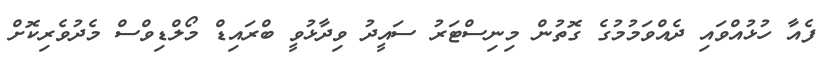
ފެއާ ހުޅުއްވައި ދެއްވަމުމުގެ ގޮތުން މިނިސްޓަރު ސައީދު ވިދާޅުވީ ބްރައިޑް މޯލްޑިވްސް މެދުވެރިކޮށް